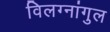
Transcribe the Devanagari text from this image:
विलग्नांगुल